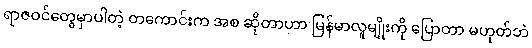
ရာဇဝင်တွေမှာပါတဲ့ တကောင်းက အစ ဆိုတာဟာ မြန်မာလူမျိုးကို ပြောတာ မဟုတ်ဘဲ